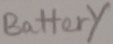
Text: Battery